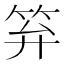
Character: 笲